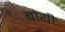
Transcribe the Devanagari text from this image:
बोयी